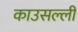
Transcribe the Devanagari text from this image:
काउसल्ली